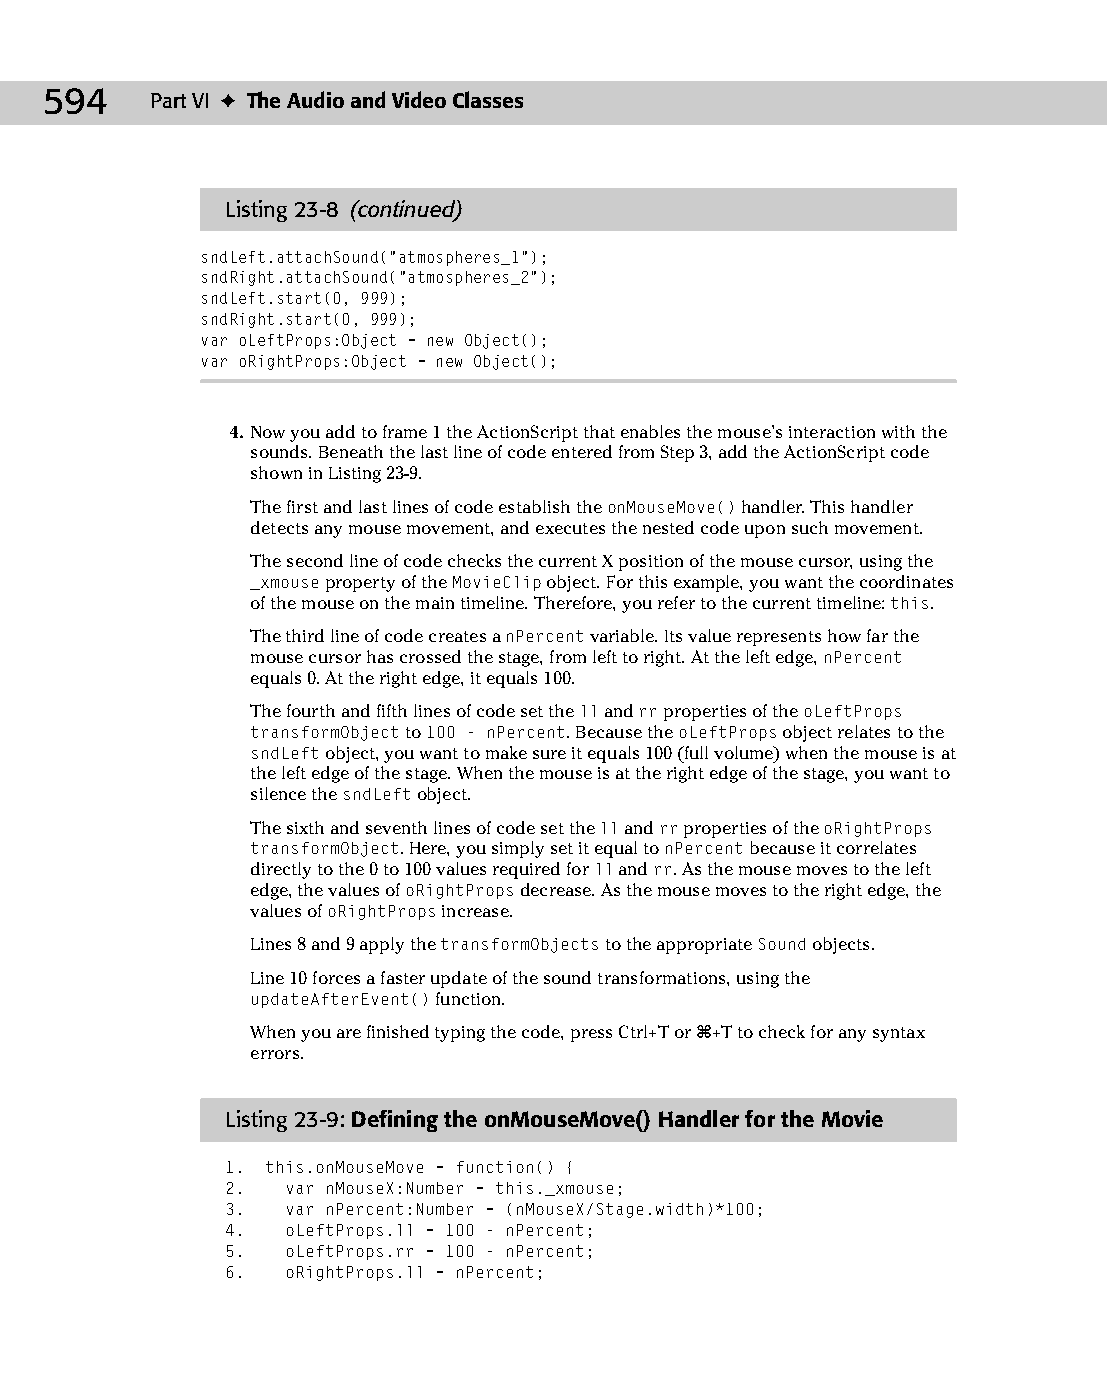
30 543547 ch23.qxd 3/24/04 4:09 PM Page 594
 594    Part VI ✦ The Audio and Video Classes
 Listing 23-8 (continued)
 sndLeft.attachSound(“atmospheres_1”);
 sndRight.attachSound(“atmospheres_2”);
 sndLeft.start(0, 999);
 sndRight.start(0, 999);
 var oLeftProps:Object = new Object();
 var oRightProps:Object = new Object();
 4. Now you add to frame 1 the ActionScript that enables the mouse’s interaction with the
 sounds. Beneath the last line of code entered from Step 3, add the ActionScript code
 shown in Listing 23-9.
 The first and last lines of code establish the onMouseMove() handler. This handler
 detects any mouse movement, and executes the nested code upon such movement.
 The second line of code checks the current X position of the mouse cursor, using the
 _xmouse property of the MovieClip object. For this example, you want the coordinates
 of the mouse on the main timeline. Therefore, you refer to the current timeline: this.
 The third line of code creates a nPercent variable. Its value represents how far the
 mouse cursor has crossed the stage, from left to right. At the left edge, nPercent
 equals 0. At the right edge, it equals 100.
 The fourth and fifth lines of code set the ll and rr properties of the oLeftProps
 transformObject to 100 - nPercent. Because the oLeftProps object relates to the
 sndLeft object, you want to make sure it equals 100 (full volume) when the mouse is at
 the left edge of the stage. When the mouse is at the right edge of the stage, you want to
 silence the sndLeft object.
 The sixth and seventh lines of code set the ll and rr properties of the oRightProps
 transformObject. Here, you simply set it equal to nPercent because it correlates
 directly to the 0 to 100 values required for ll and rr. As the mouse moves to the left
 edge, the values of oRightProps decrease. As the mouse moves to the right edge, the
 values of oRightProps increase.
 Lines 8 and 9 apply the transformObjects to the appropriate Sound objects.
 Line 10 forces a faster update of the sound transformations, using the
 updateAfterEvent() function.
 When you are finished typing the code, press Ctrl+T or Ô+T to check for any syntax
 errors.
 Listing 23-9: Defining the onMouseMove() Handler for the Movie
 1. this.onMouseMove = function() {
 2.  var nMouseX:Number = this._xmouse;
 3.  var nPercent:Number = (nMouseX/Stage.width)*100;
 4.  oLeftProps.ll = 100 - nPercent;
 5.  oLeftProps.rr = 100 - nPercent;
 6.  oRightProps.ll = nPercent;